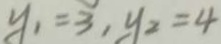
y _ { 1 } = 3 , y _ { 2 } = 4